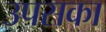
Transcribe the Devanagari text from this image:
उपसका